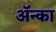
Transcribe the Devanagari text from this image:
अॅन्का